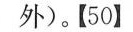
外)。【50】